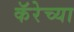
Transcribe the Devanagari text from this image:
कॅरेच्या